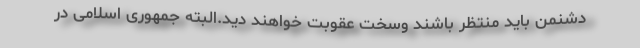
دشنمن باید منتظر باشند وسخت عقوبت خواهند دید.البته جمهوری اسلامی در